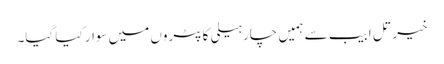
خیر تل ابیب سے ہمیں چار ہیلی کاپٹروں میں سوار کیا گیا۔